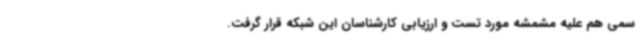
سمی هم علیه مشمشه مورد تست و ارزیابی کارشناسان این شبکه قرار گرفت.